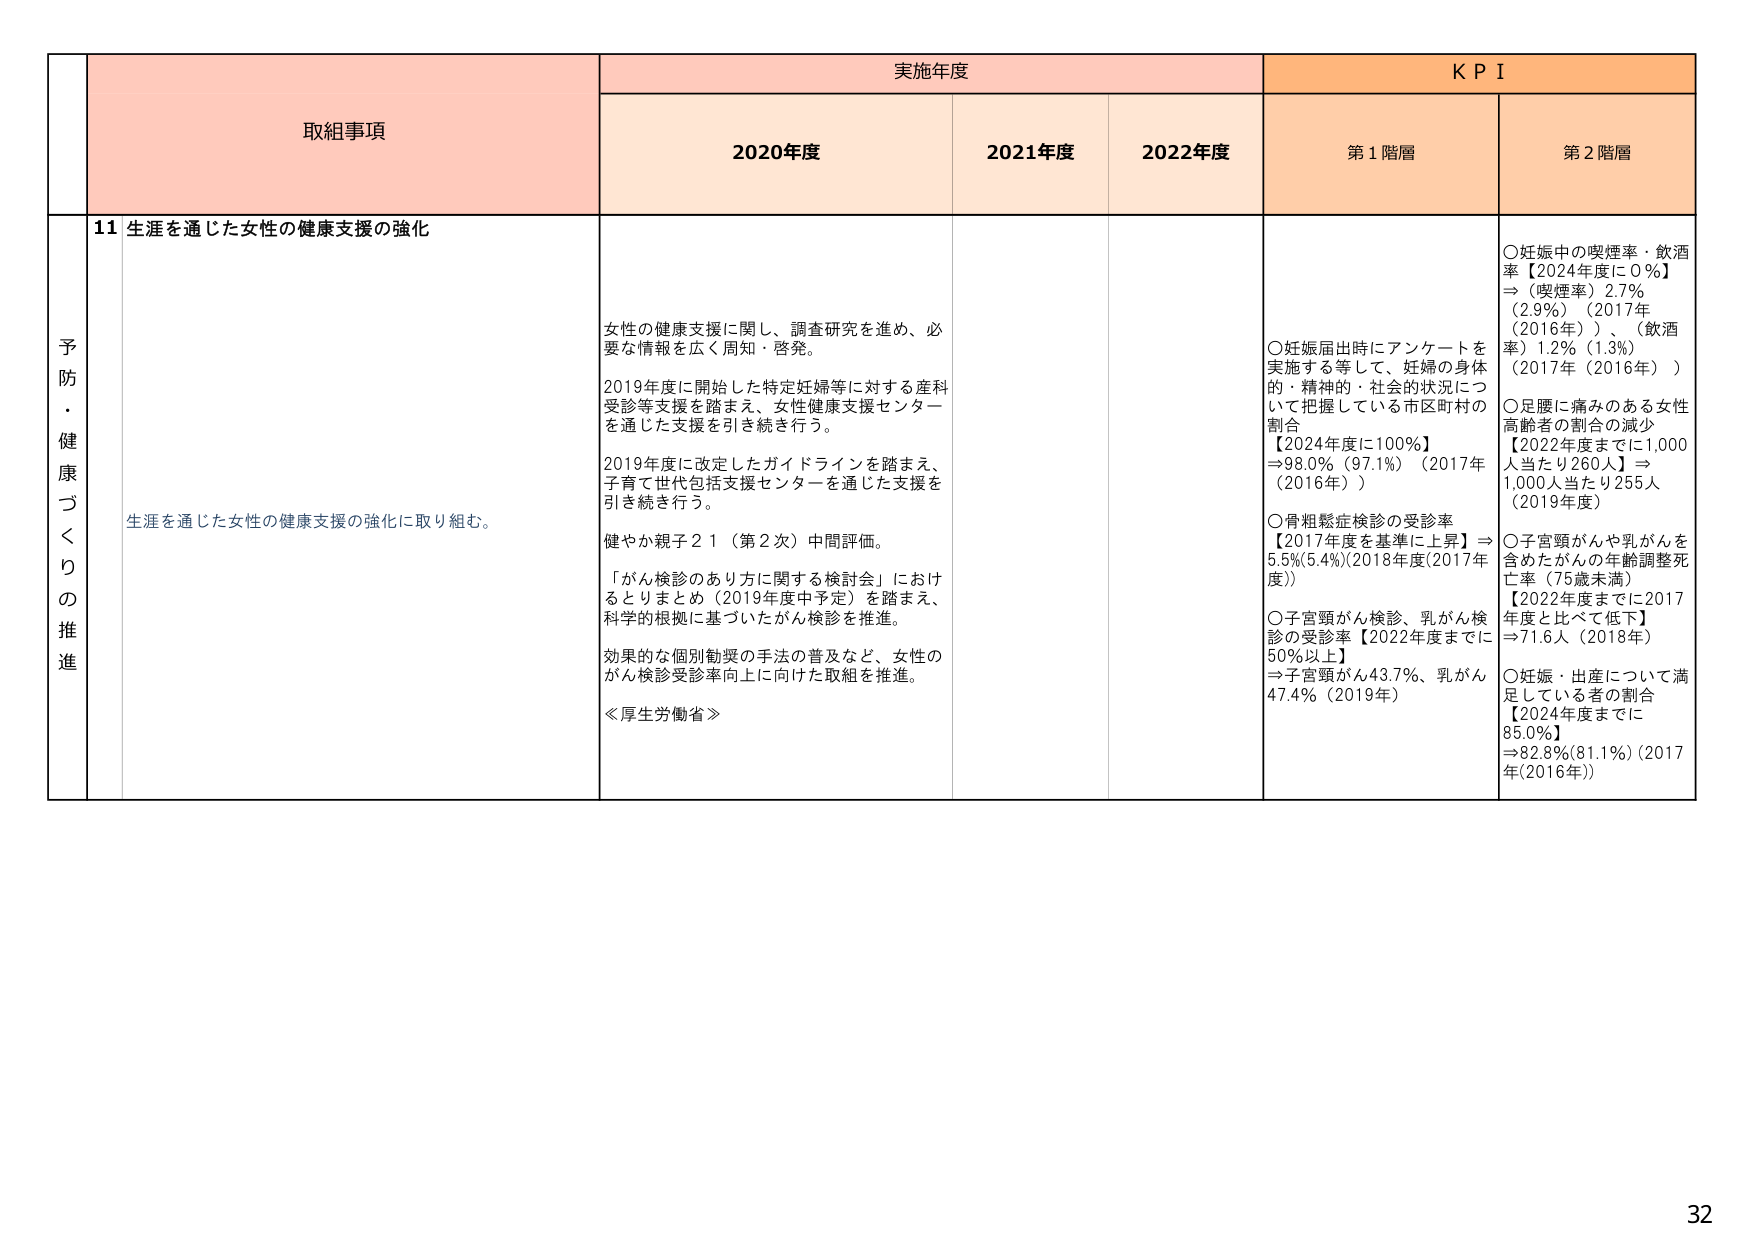
予防・健康づくりの推進

取組事項

実施年度

KPI

2020年度

2021年度

2022年度

第1階層

第2階層

11 生涯を通じた女性の健康支援の強化

女性の健康支援に関し、調査研究を進め、必要な情報を広く周知・啓発。

2019年度に開始した特定妊婦等に対する産科受診等支援を踏まえ、女性健康支援センターを通じた支援を引き続き行う。

2019年度に改定したガイドラインを踏まえ、子育て世代包括支援センターを通じた支援を引き続き行う。

生涯を通じた女性の健康支援の強化に取り組む。

健やか親子21（第2次）中間評価。

「がん検診のあり方に関する検討会」におけるとりまとめ（2019年度中予定）を踏まえ、科学的根拠に基づいたがん検診を推進。

効果的な個別勧奨の手法の普及など、女性のがん検診受診率向上に向けた取組を推進。

≪厚生労働省≫

〇妊娠中の喫煙率・飲酒率【2024年度に0％】
⇒（喫煙率）2.7％（2019年（2016年））、（飲酒率）1.2％（1.3％）（2017年（2016年））

〇妊娠届出時にアンケートを実施する等して、妊婦の身体的・精神的・社会的状況について把握している市区町村の割合
【2024年度に100％】
⇒98.0％（97.1％）（2017年（2016年））

〇骨粗鬆症検診の受診率
【2017年度を基準に上昇】⇒5.5％（5.4％）（2018年度（2017年度））

〇子宮頸がん検診、乳がん検診の受診率【2022年度までに50％以上】
⇒子宮頸がん43.7％、乳がん47.4％（2019年）

〇足腰に痛みのある女性高齢者の割合の減少
【2022年度までに1,000人当たり260人】⇒1,000人当たり255人（2019年度）

〇子宮頸がんや乳がんを含めたがんの年齢調整死亡率（75歳未満）
【2022年度までに2017年度と比べて低下】
⇒71.6人（2018年）

〇妊娠・出産について満足している者の割合
【2024年度までに85.0％】
⇒82.8％（81.1％）（2017年（2016年））

32